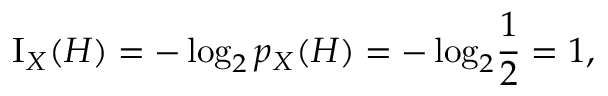
\operatorname { I } _ { X } ( H ) = - \log _ { 2 } { p _ { X } { ( H ) } } = - \log _ { 2 } \! { \frac { 1 } { 2 } } = 1 ,